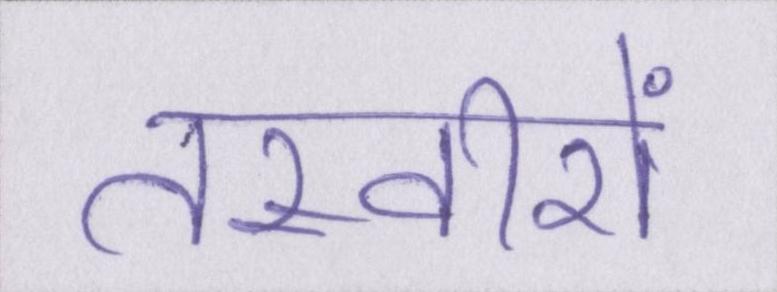
तस्वीरों